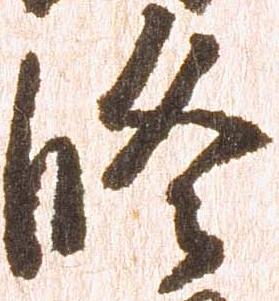
修